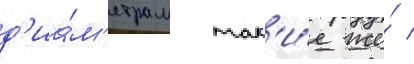
д'иа́м'етрам так'и́е же́ /